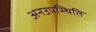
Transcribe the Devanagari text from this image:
अनउपस्थिति